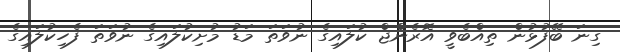
ގިނަ ބޭފުޅުން ތިއްބެވީ އޮރެންޖް ކުލައިގެ ނުވަތަ މަޑު މުށިކުލައިގެ ނުވަތަ ފެހިކުލައިގެ